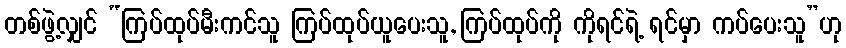
တစ်ဖွဲ့လျှင် “ကြပ်ထုပ်မီးကင်သူ ကြပ်ထုပ်ယူပေးသူ, ကြပ်ထုပ်ကို ကိုရင်ရဲ့ ရင်မှာ ကပ်ပေးသူ”ဟု